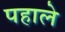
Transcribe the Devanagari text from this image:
पहाले